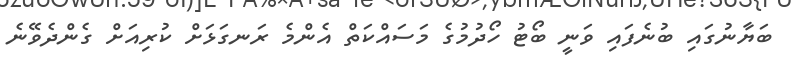
ބަޔާނުގައި ބުނެފައި ވަނީ ބޯޓު ހޯދުމުގެ މަސައްކަތް އެންމެ ރަނގަޅަށް ކުރިއަށް ގެންދެވޭނެ